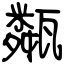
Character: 甐